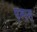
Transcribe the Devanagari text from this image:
पम्पस